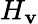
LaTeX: H_{\mathbf{v}}